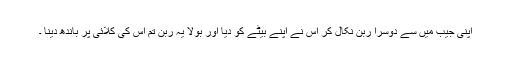
اپنی جیب میں سے دوسرا ربن نکال کر اس نے اپنے بیٹے کو دیا اور بولا یہ ربن تم اس کی کلائی پر باندھ دینا ۔